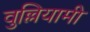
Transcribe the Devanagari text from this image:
वुल्लियामी